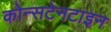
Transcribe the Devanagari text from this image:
कोन्सटेनटाइन